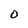
Character: O